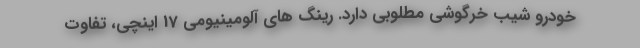
خودرو شیب خرگوشی مطلوبی دارد. رینگ های آلومینیومی 17 اینچی، تفاوت